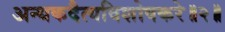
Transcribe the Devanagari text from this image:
अन्धकदैत्यविशोषकरे॥२॥